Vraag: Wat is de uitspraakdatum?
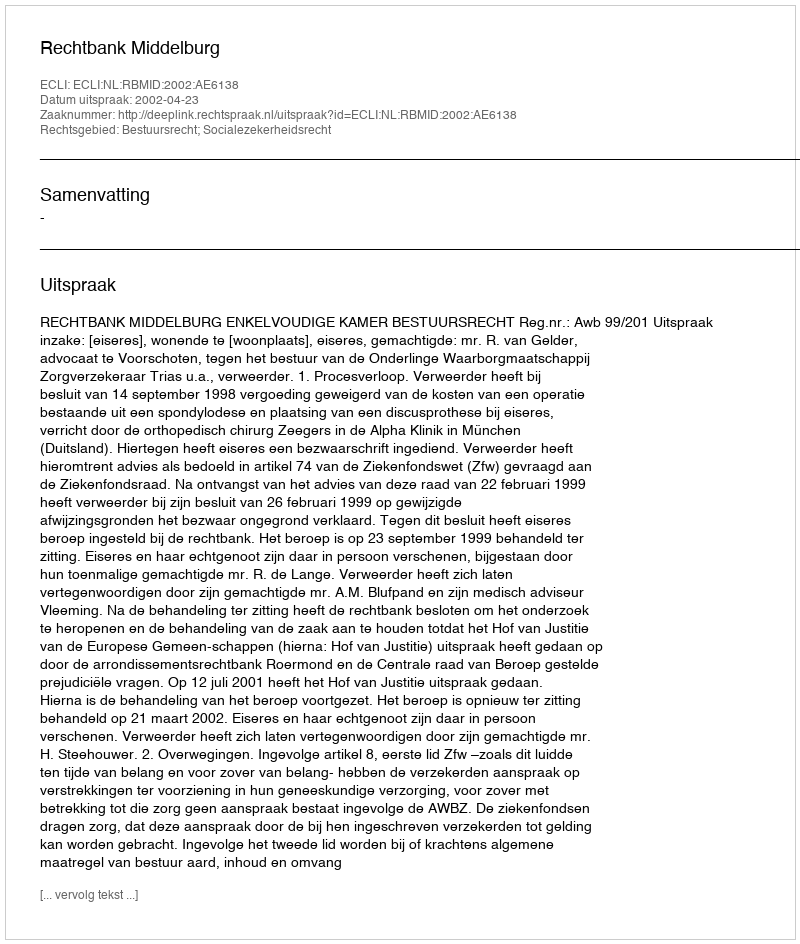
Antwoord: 2002-04-23